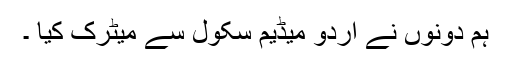
ہم دونوں نے اردو میڈیم سکول سے میٹرک کیا ۔